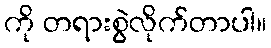
ကို တရားစွဲလိုက်တာပါ။